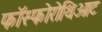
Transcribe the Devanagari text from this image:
फॉस्फोरोथिओट